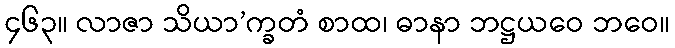
၄၆၃။ လာဇာ သိယာ’က္ခတံ စာထ၊ ဓာနာ ဘဋ္ဌယဝေ ဘဝေ။